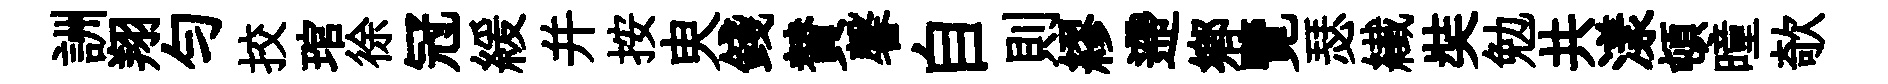
詶翔匀挍琯徐冠緩并按㬰錢賛馨自則繆遰郷覽瑟纎奘勉共漾頓曈欹